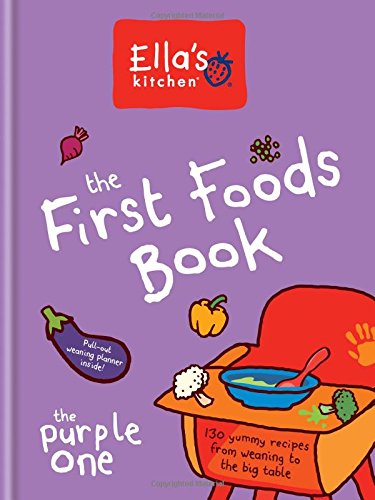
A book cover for Ella's Kitchen: The First Foods Book: The Purple One; Ella's Kitchen; Cookbooks, Food & Wine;